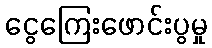
ငွေကြေးဖောင်းပွမှု